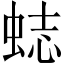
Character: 𧋺